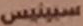
سبينيس